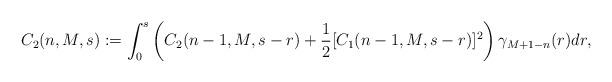
LaTeX: \begin{align*}C_{2}(n,M,s):=\int_{0}^{s}\left(C_{2}(n-1,M,s-r)+\frac{1}{2}[C_{1}(n-1,M,s-r)]^{2}\right)\gamma_{M+1-n}(r)dr,\end{align*}